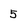
Character: 5